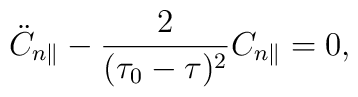
\ddot{C}_{n\parallel}-\frac{2}{(\tau_0-\tau)^2}C_{n\parallel}=0,